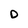
Character: D